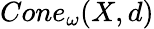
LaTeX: Cone_{\omega}(X,d)